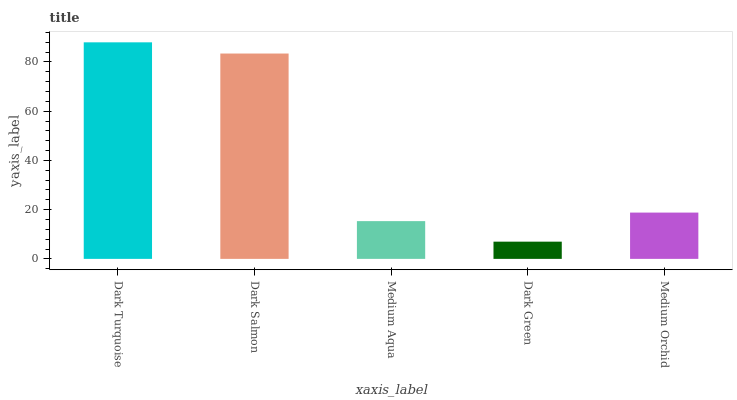
| xaxis_label | bars |
 | --- | --- |
 | Dark Turquoise | 88 |
 | Dark Salmon | 83.4 |
 | Medium Aqua | 15.3 |
 | Dark Green | 7 |
 | Medium Orchid | 18.8 |